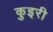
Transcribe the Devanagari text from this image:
कुइरी